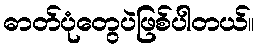
ဓာတ်ပုံတွေပဲဖြစ်ပါတယ်။